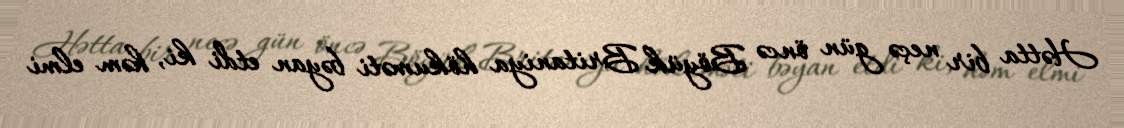
Hətta bir neçə gün öncə Böyük Britaniya hökuməti bəyan etdi ki, həm elmi